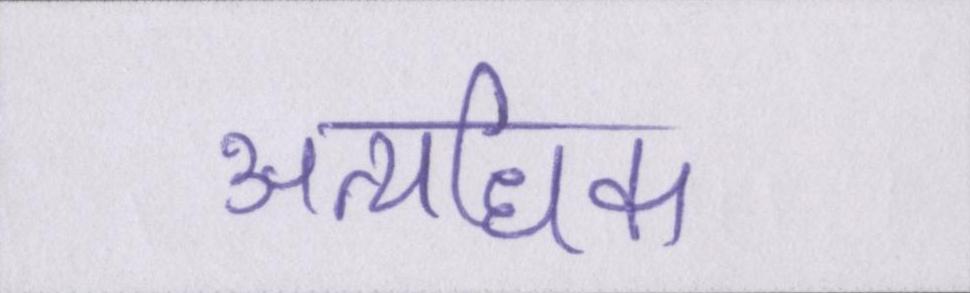
अत्यधिक